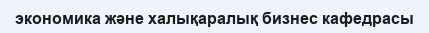
экономика және халықаралық бизнес кафедрасы